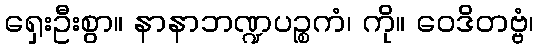
ရှေးဦးစွာ။ နာနာဘဏ္ဍပဉ္စကံ၊ ကို။ ဝေဒိတဗ္ဗံ၊